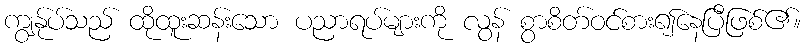
ကျွန်ုပ်သည် ထိုထူးဆန်းသော ပညာရပ်များကို လွန် စွာစိတ်ဝင်စား၍နေပြီဖြစ်၏။